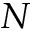
N